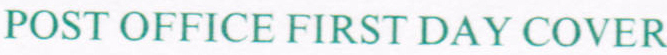
POST OFFICE FIRST DAY COVER